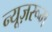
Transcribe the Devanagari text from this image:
न्यूज़रूम